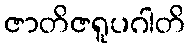
ဇာတိဇရူပဂါတိ